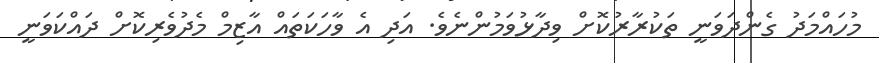
މުހައްމަދު ގެންދަވަނީ ތަކުރާރުކޮށް ވިދާޅުވަމުންނެވެ. އަދި އެ ވާހަކަތައް އާޒިމް މެދުވެރިކޮށް ދައްކަވަނީ